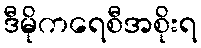
ဒီမိုကရေစီအစိုးရ